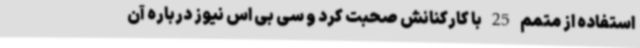
استفاده از متمم 25 با کارکنانش صحبت کرد و سی بی اس نیوز درباره آن